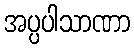
အပ္ပပါသာဏာ